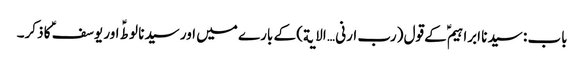
باب : سیدنا ابراہیمؑ کے قول (رب ارنی … الایة) کے بارے میں اور سیدنا لوطؑ اور یوسفؑ کا ذکر۔